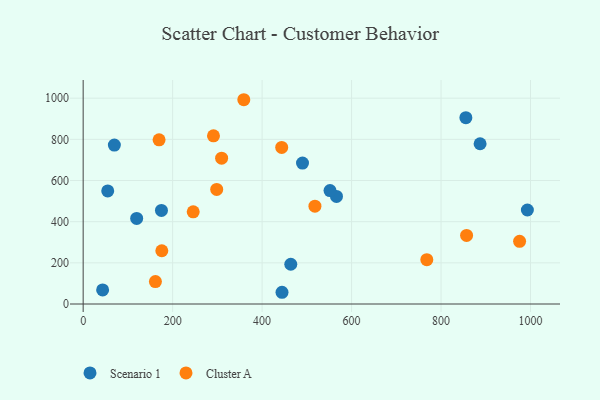
{"axis": {"x": "Experience", "y": "Demand"}, "legend": ["Cluster A", "Scenario 1"], "data": [{"x": "490.3", "y": 684.6, "type": "Scenario 1"}, {"x": "464.1", "y": 193.1, "type": "Scenario 1"}, {"x": "887.3", "y": 778.7, "type": "Scenario 1"}, {"x": "69.7", "y": 772.2, "type": "Scenario 1"}, {"x": "444.5", "y": 57.0, "type": "Scenario 1"}, {"x": "43.5", "y": 68.6, "type": "Scenario 1"}, {"x": "566.3", "y": 522.6, "type": "Scenario 1"}, {"x": "119.6", "y": 416.0, "type": "Scenario 1"}, {"x": "551.8", "y": 551.3, "type": "Scenario 1"}, {"x": "855.5", "y": 905.1, "type": "Scenario 1"}, {"x": "175.0", "y": 454.6, "type": "Scenario 1"}, {"x": "54.9", "y": 549.3, "type": "Scenario 1"}, {"x": "993.0", "y": 456.7, "type": "Scenario 1"}, {"x": "857.1", "y": 333.2, "type": "Cluster A"}, {"x": "518.1", "y": 475.2, "type": "Cluster A"}, {"x": "975.6", "y": 304.6, "type": "Cluster A"}, {"x": "359.1", "y": 992.5, "type": "Cluster A"}, {"x": "175.8", "y": 258.7, "type": "Cluster A"}, {"x": "309.5", "y": 708.3, "type": "Cluster A"}, {"x": "169.7", "y": 797.5, "type": "Cluster A"}, {"x": "291.3", "y": 817.0, "type": "Cluster A"}, {"x": "443.8", "y": 760.6, "type": "Cluster A"}, {"x": "246.0", "y": 447.8, "type": "Cluster A"}, {"x": "161.5", "y": 109.0, "type": "Cluster A"}, {"x": "768.2", "y": 215.3, "type": "Cluster A"}, {"x": "298.5", "y": 556.7, "type": "Cluster A"}]}